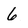
Character: 6